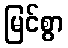
မြင်စွာ